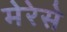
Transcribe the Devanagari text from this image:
मेरेसे